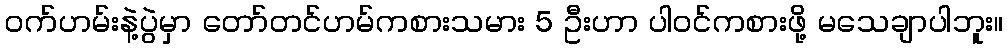
ဝက်ဟမ်းနဲ့ပွဲမှာ တော်တင်ဟမ်ကစားသမား 5 ဦးဟာ ပါဝင်ကစားဖို့ မသေချာပါဘူး။